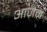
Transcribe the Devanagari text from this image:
आज़ेम